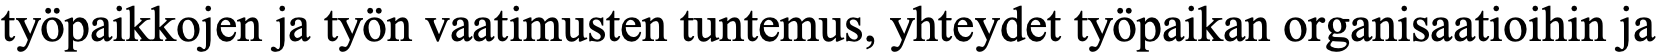
työpaikkojen ja työn vaatimusten tuntemus, yhteydet työpaikan organisaatioihin ja